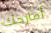
أمازحك